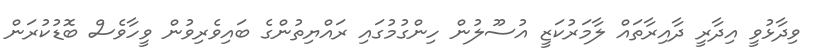
ވިދާޅުވީ އިދާރީ ދާއިރާތައް ލާމަރުކަޒީ އުސޫލުން ހިންގުމުގައި ރައްޔިތުންގެ ބައިވެރިވުން ވީހާވެސް ބޮޑުކުރަން